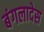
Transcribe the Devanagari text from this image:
बंगलादेस